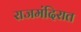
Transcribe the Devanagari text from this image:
राजमंदिरात